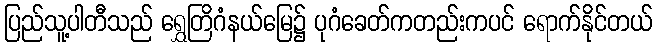
ပြည်သူ့ပါတီသည် ရွှေတြိဂံနယ်မြေ၌ ပုဂံခေတ်ကတည်းကပင် ရောက်နိုင်တယ်